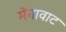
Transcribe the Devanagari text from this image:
मेंगावाट